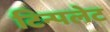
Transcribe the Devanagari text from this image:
टिन्पलेट